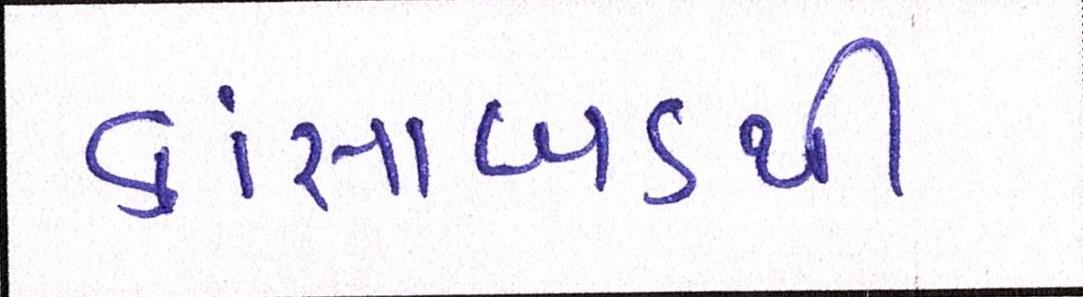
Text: કાંસાબડથી